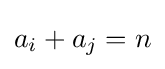
a_{i}+a_{j}=n